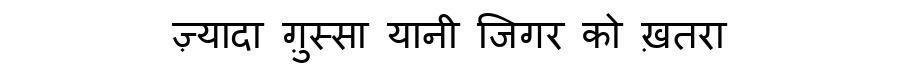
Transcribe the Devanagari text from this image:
ज़्यादा ग़ुस्सा यानी जिगर को ख़तरा